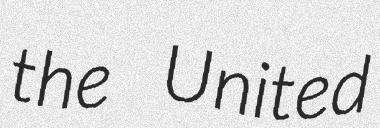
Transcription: the United